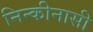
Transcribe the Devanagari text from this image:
निन्कीनासी